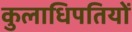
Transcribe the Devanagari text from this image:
कुलाधिपतियों